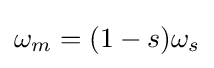
\omega _{m}=(1-s)\omega _{s}